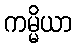
ကမ္မိယာ